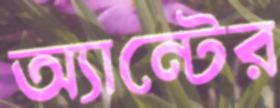
অ্যান্টের